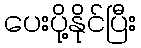
ပေးပို့နိုင်ပြီး